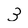
Character: 3